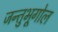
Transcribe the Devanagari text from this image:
जन्तुभूगोल